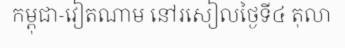
កម្ពុជា-វៀតណាម នៅរសៀលថ្ងៃទី៤ តុលា